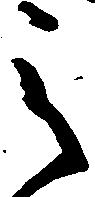
之